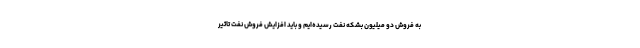
به فروش دو میلیون بشکه نفت رسیده‌ایم و باید افزایش فروش نفت تاثیر